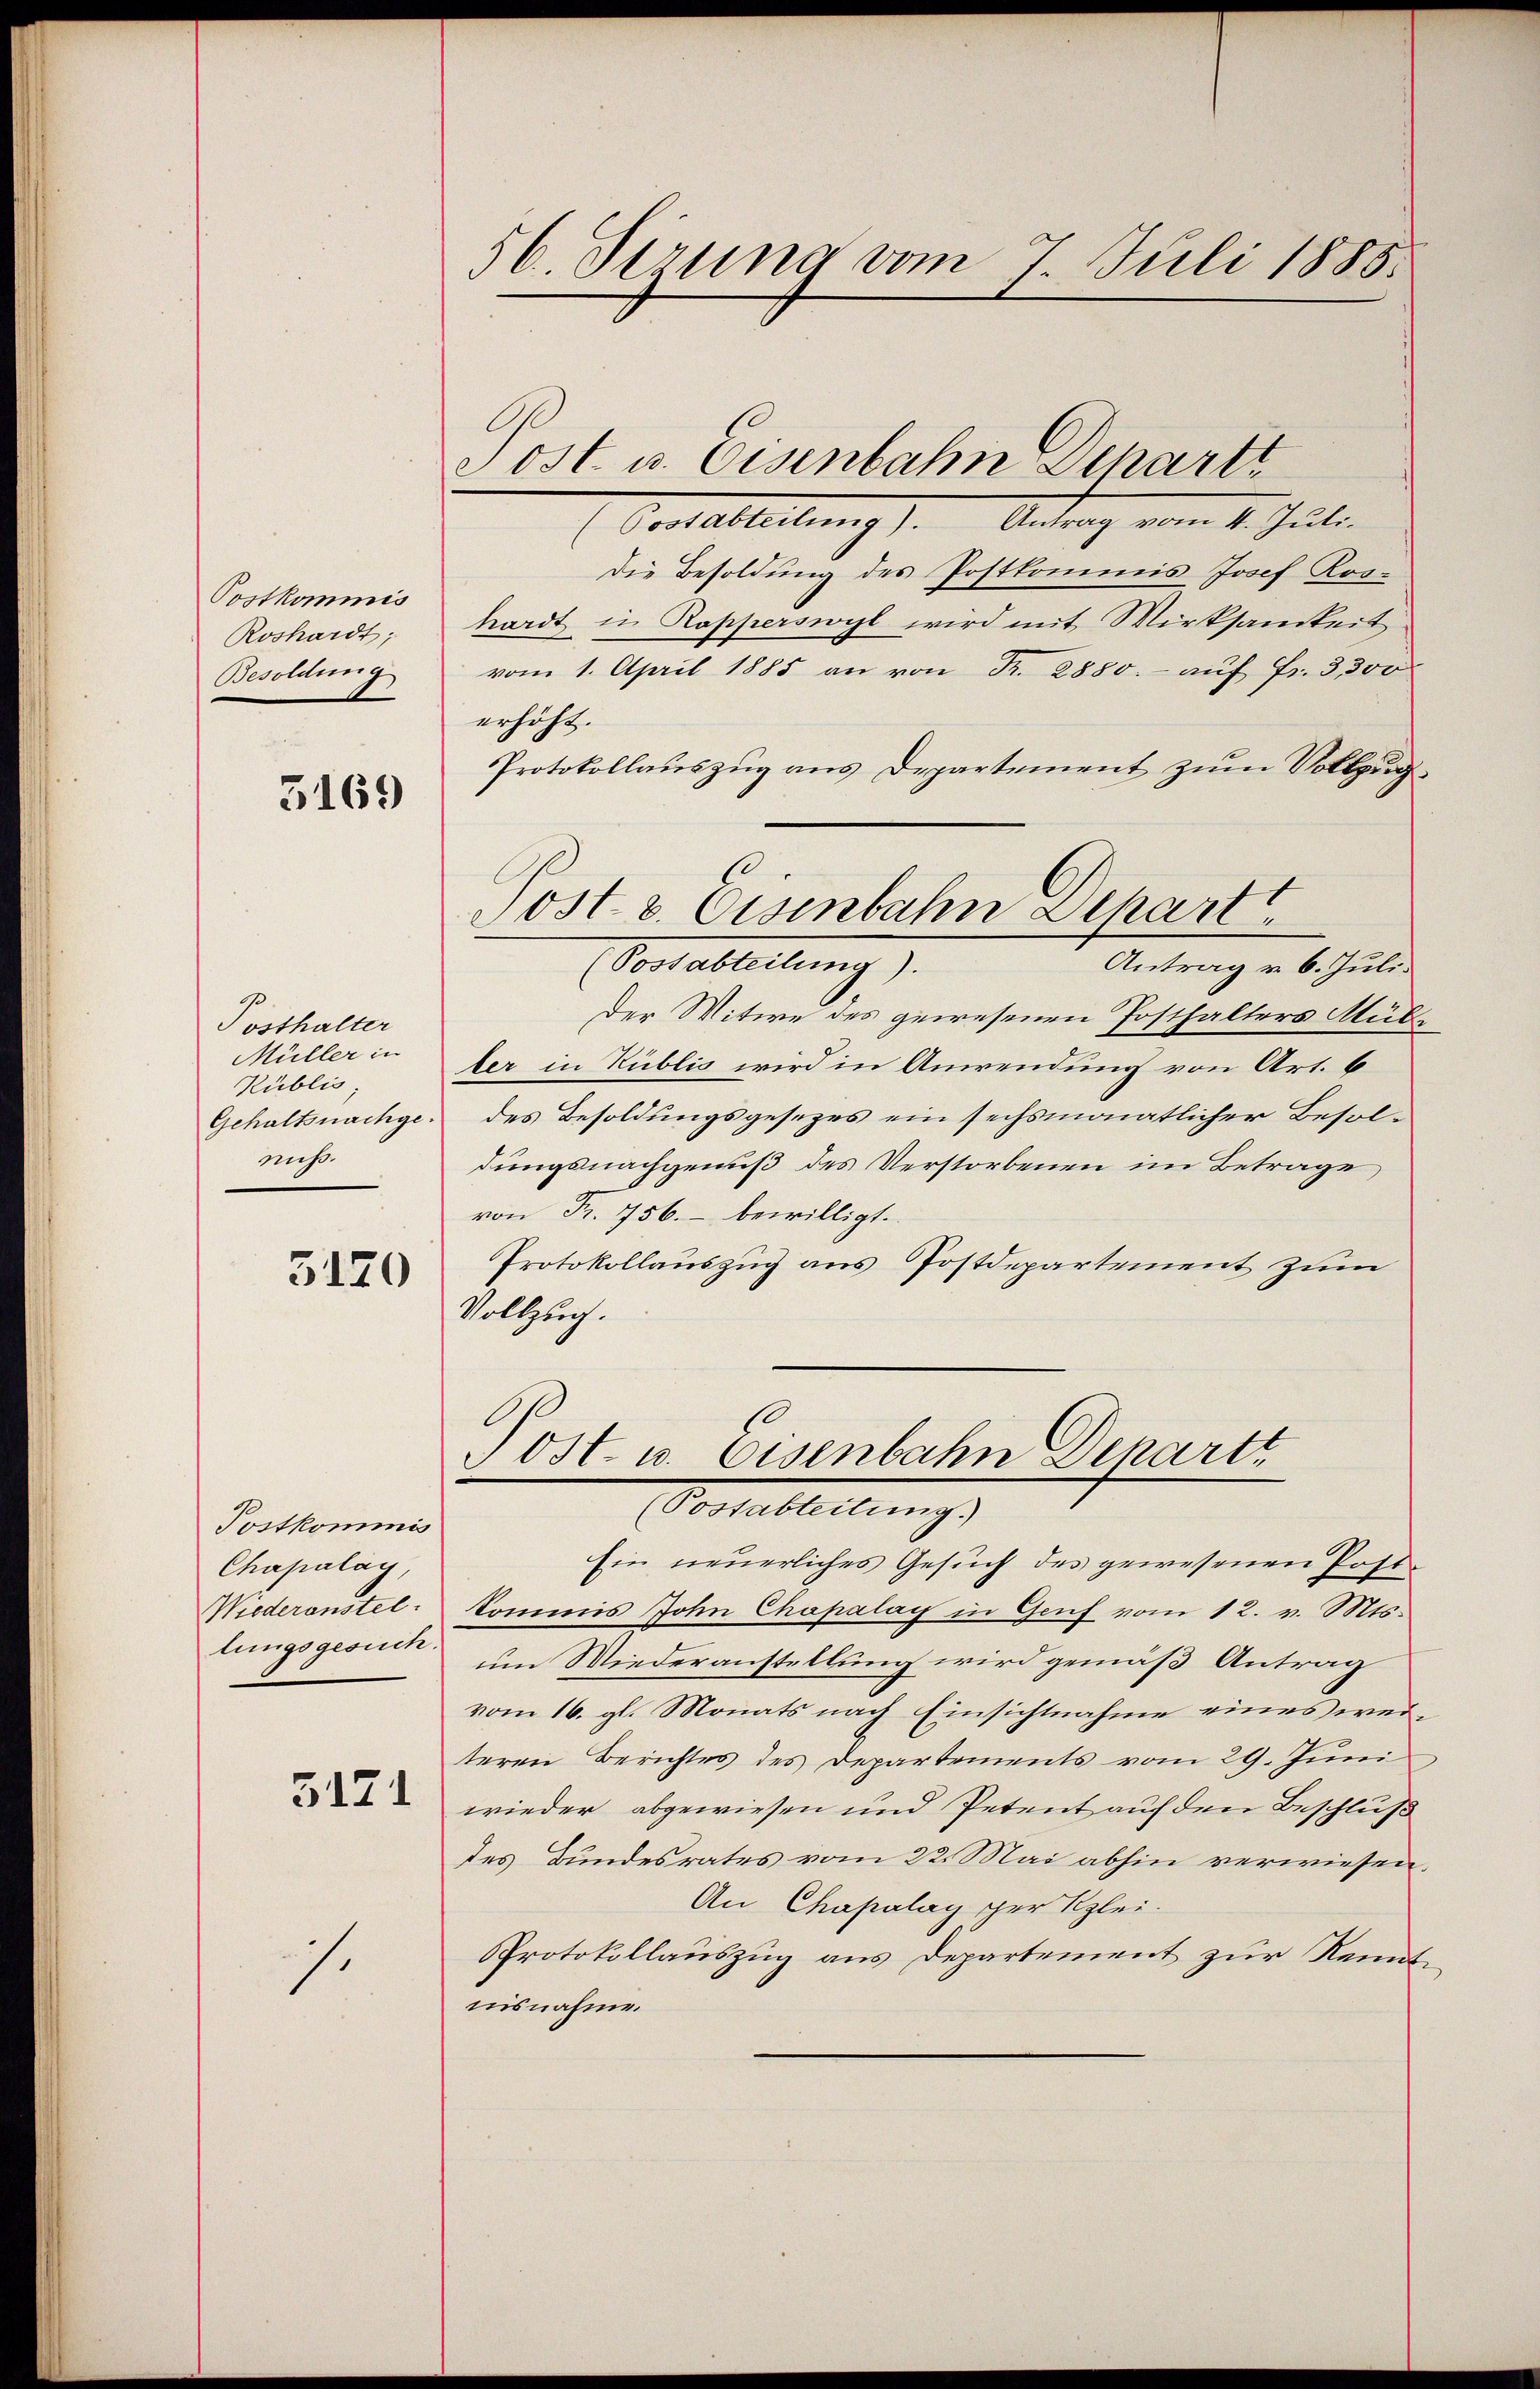
Postkommis
Roshardt,
Besoldung

3169

Posthalter
Müller in
Publis,
Gehaltsnachgeniß.

3120

Postkommis
Chapalay,
Wiederanstel

5171

s.

56. Ferung vom 7. Juli 1885.

(Postabteilung). Antrag vom 4. Juli.
Die Besoldung des Postkommis Josef Koshardt in Rapperswyl wird mit Wirksamkeit
vom 1. April 1885 an von Fr. 2880.- auf Fr. 3, 300
erhöht.
Protokollauszug aus Departement zum Vollzug
Vor alleitung .
Antrag v. 6. Juli.
Der Witwe des gewesenen Posthalters Multer in Kublic wird in Anwendung von Art. 6
des Besoldungsgesetzes ein sechsmonatlicher Besoldungsnachgenuß des Verstorbenen im Betrage
von Fr. 756. – bewilligt.
Protokollauszug aus Postdepartement zum
Vollzug.

Post u. Eisenbahn Schartt

Post v. Eisenbahn Depart

Post- u. Eisenbahn Departt
(Postableitung.)

Ein neuerliches Gesuch des gewesenen Postkommis John Chapalay in Genf vom 12. v. Mts.
lungsgesuch um Wiederanstellung wird gemäß Antrag
vom 16. gl. Monats nach Einsichtnahme eines weiteren Berichtes des Departements vom 29. Juni
wieder abgewiesen und Petent auf den Beschluß
des Bundesrates vom 22. Mai abhin verwiesen.
An Chapalay per Klei-
Protokollauszug aus Departement zur Kenntnisnahme.